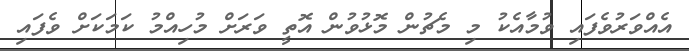
އެއްވަރުވެފައި ވުމާއެކު މި މެޗުން މޮޅުވުން އޮތީ ވަރަށް މުހިއްމު ކަމަކަށް ވެފައި